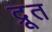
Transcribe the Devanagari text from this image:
द्रूत